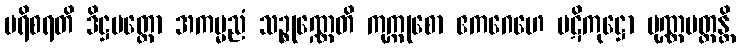
ပရိစရတိ ဒိဋ္ဌမတ္တော အကမ္မညံ သဉ္စုဏ္ဏေတိ ကုက္ကုစော ဧကဂေဟေ ပဋိကုဋ္ဌော ပုဏ္ဏပတ္တန္တိ